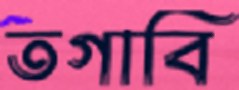
তগাবি